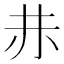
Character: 𧹘